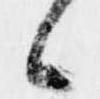
候